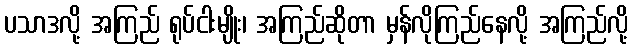
ပသာဒလို့ အကြည် ရုပ်ငါးမျိုး၊ အကြည်ဆိုတာ မှန်လိုကြည်နေလို့ အကြည်လို့